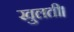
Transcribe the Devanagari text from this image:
खुलती।